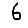
Digit: 6